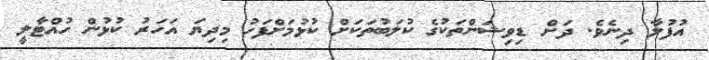
އުފުލާ ދިނެވެ. ދަށް ޑިވިޝަންތަކުގެ ކުލަބުތަކަށް ކުޅުމަށްފަހު މިދިޔަ އަހަރު ކުޅުން ހުއްޓާލީ